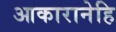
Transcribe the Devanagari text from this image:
आकारानेहि